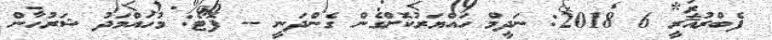
ފެބްރުއަރީ 6 2018: ނަދީމް ހައްޔަރުކޮށްގެން ގެންދަނީ -- ފޮޓޯ: މުހައްމަދު ޝަރުހާން